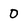
Character: 0